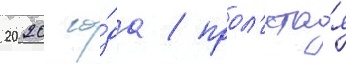
2020 го́да / прол'ета́я